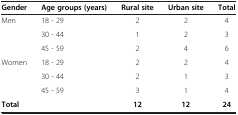
| Gender | Age groups (years) | Rural site | Urban site | Total |
 | --- | --- | --- | --- | --- |
 | Men | 18 - 29 | 2 | 2 | 4 |
 |  | 30 - 44 | 1 | 2 | 3 |
 |  | 45 - 59 | 2 | 4 | 6 |
 | Women | 18 - 29 | 2 | 2 | 4 |
 |  | 30 - 44 | 2 | 1 | 3 |
 |  | 45 - 59 | 3 | 1 | 4 |
 | Total |  | 12 | 12 | 24 |